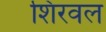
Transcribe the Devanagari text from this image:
शिरवल